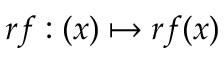
r f : ( x ) \mapsto r f ( x )